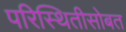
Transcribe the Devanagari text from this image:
परिस्थितीसोबत